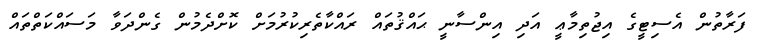
ފަރާތުން އެސިޓީގެ އިޖުތިމާޢީ އަދި އިންސާނީ ޙައްޤުތައް ރައްކާތެރިކުރުމަށް ކޮށްދެމުން ގެންދަވާ މަސައްކަތްތައް